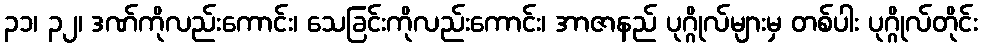
၃၁၊ ၃၂၊ ဒဏ်ကိုလည်းကောင်း၊ သေခြင်းကိုလည်းကောင်း၊ အာဇာနည် ပုဂ္ဂိုလ်များမှ တစ်ပါး ပုဂ္ဂိုလ်တိုင်း